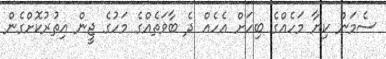
ސެމަން ކިޔާ މަހެއްގެ ބިހަށް އެހެއް ދެ ބާވަތެއްގެ މަހުގެ ޖީން އިތުރުކޮށްގެން